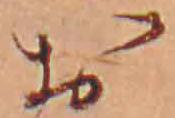
お